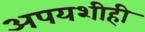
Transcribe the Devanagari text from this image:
अपयशीही